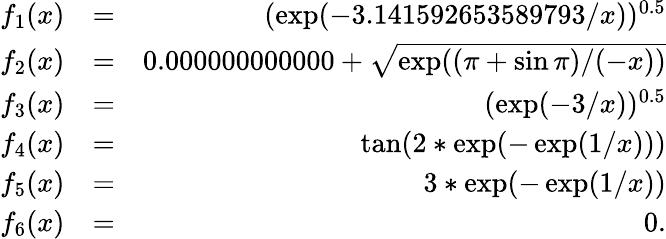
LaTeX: \begin{array}{rlr}{f_{1}(x)}&{=}&{(\exp(-3.141592653589793/x))^{0.5}}\\ {f_{2}(x)}&{=}&{0.000000000000+\sqrt{\exp((\pi+\sin\pi)/(-x))}}\\ {f_{3}(x)}&{=}&{(\exp(-3/x))^{0.5}}\\ {f_{4}(x)}&{=}&{\tan(2*\exp(-\exp(1/x)))}\\ {f_{5}(x)}&{=}&{3*\exp(-\exp(1/x))}\\ {f_{6}(x)}&{=}&{0.}\end{array}